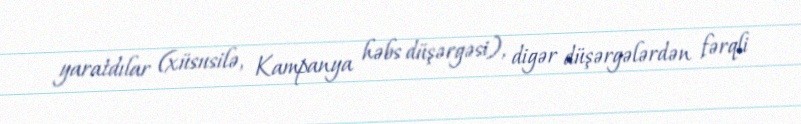
yaratdılar (xüsusilə, Kampanya həbs düşərgəsi), digər düşərgələrdən fərqli